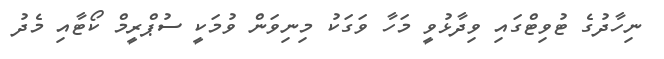
ނިހާދުގެ ޓުވިޓްގައި ވިދާޅުވީ މަހާ ވަގަކު މިނިވަން ވުމަކީ ސުޕްރީމް ކޯޓާއި މެދު